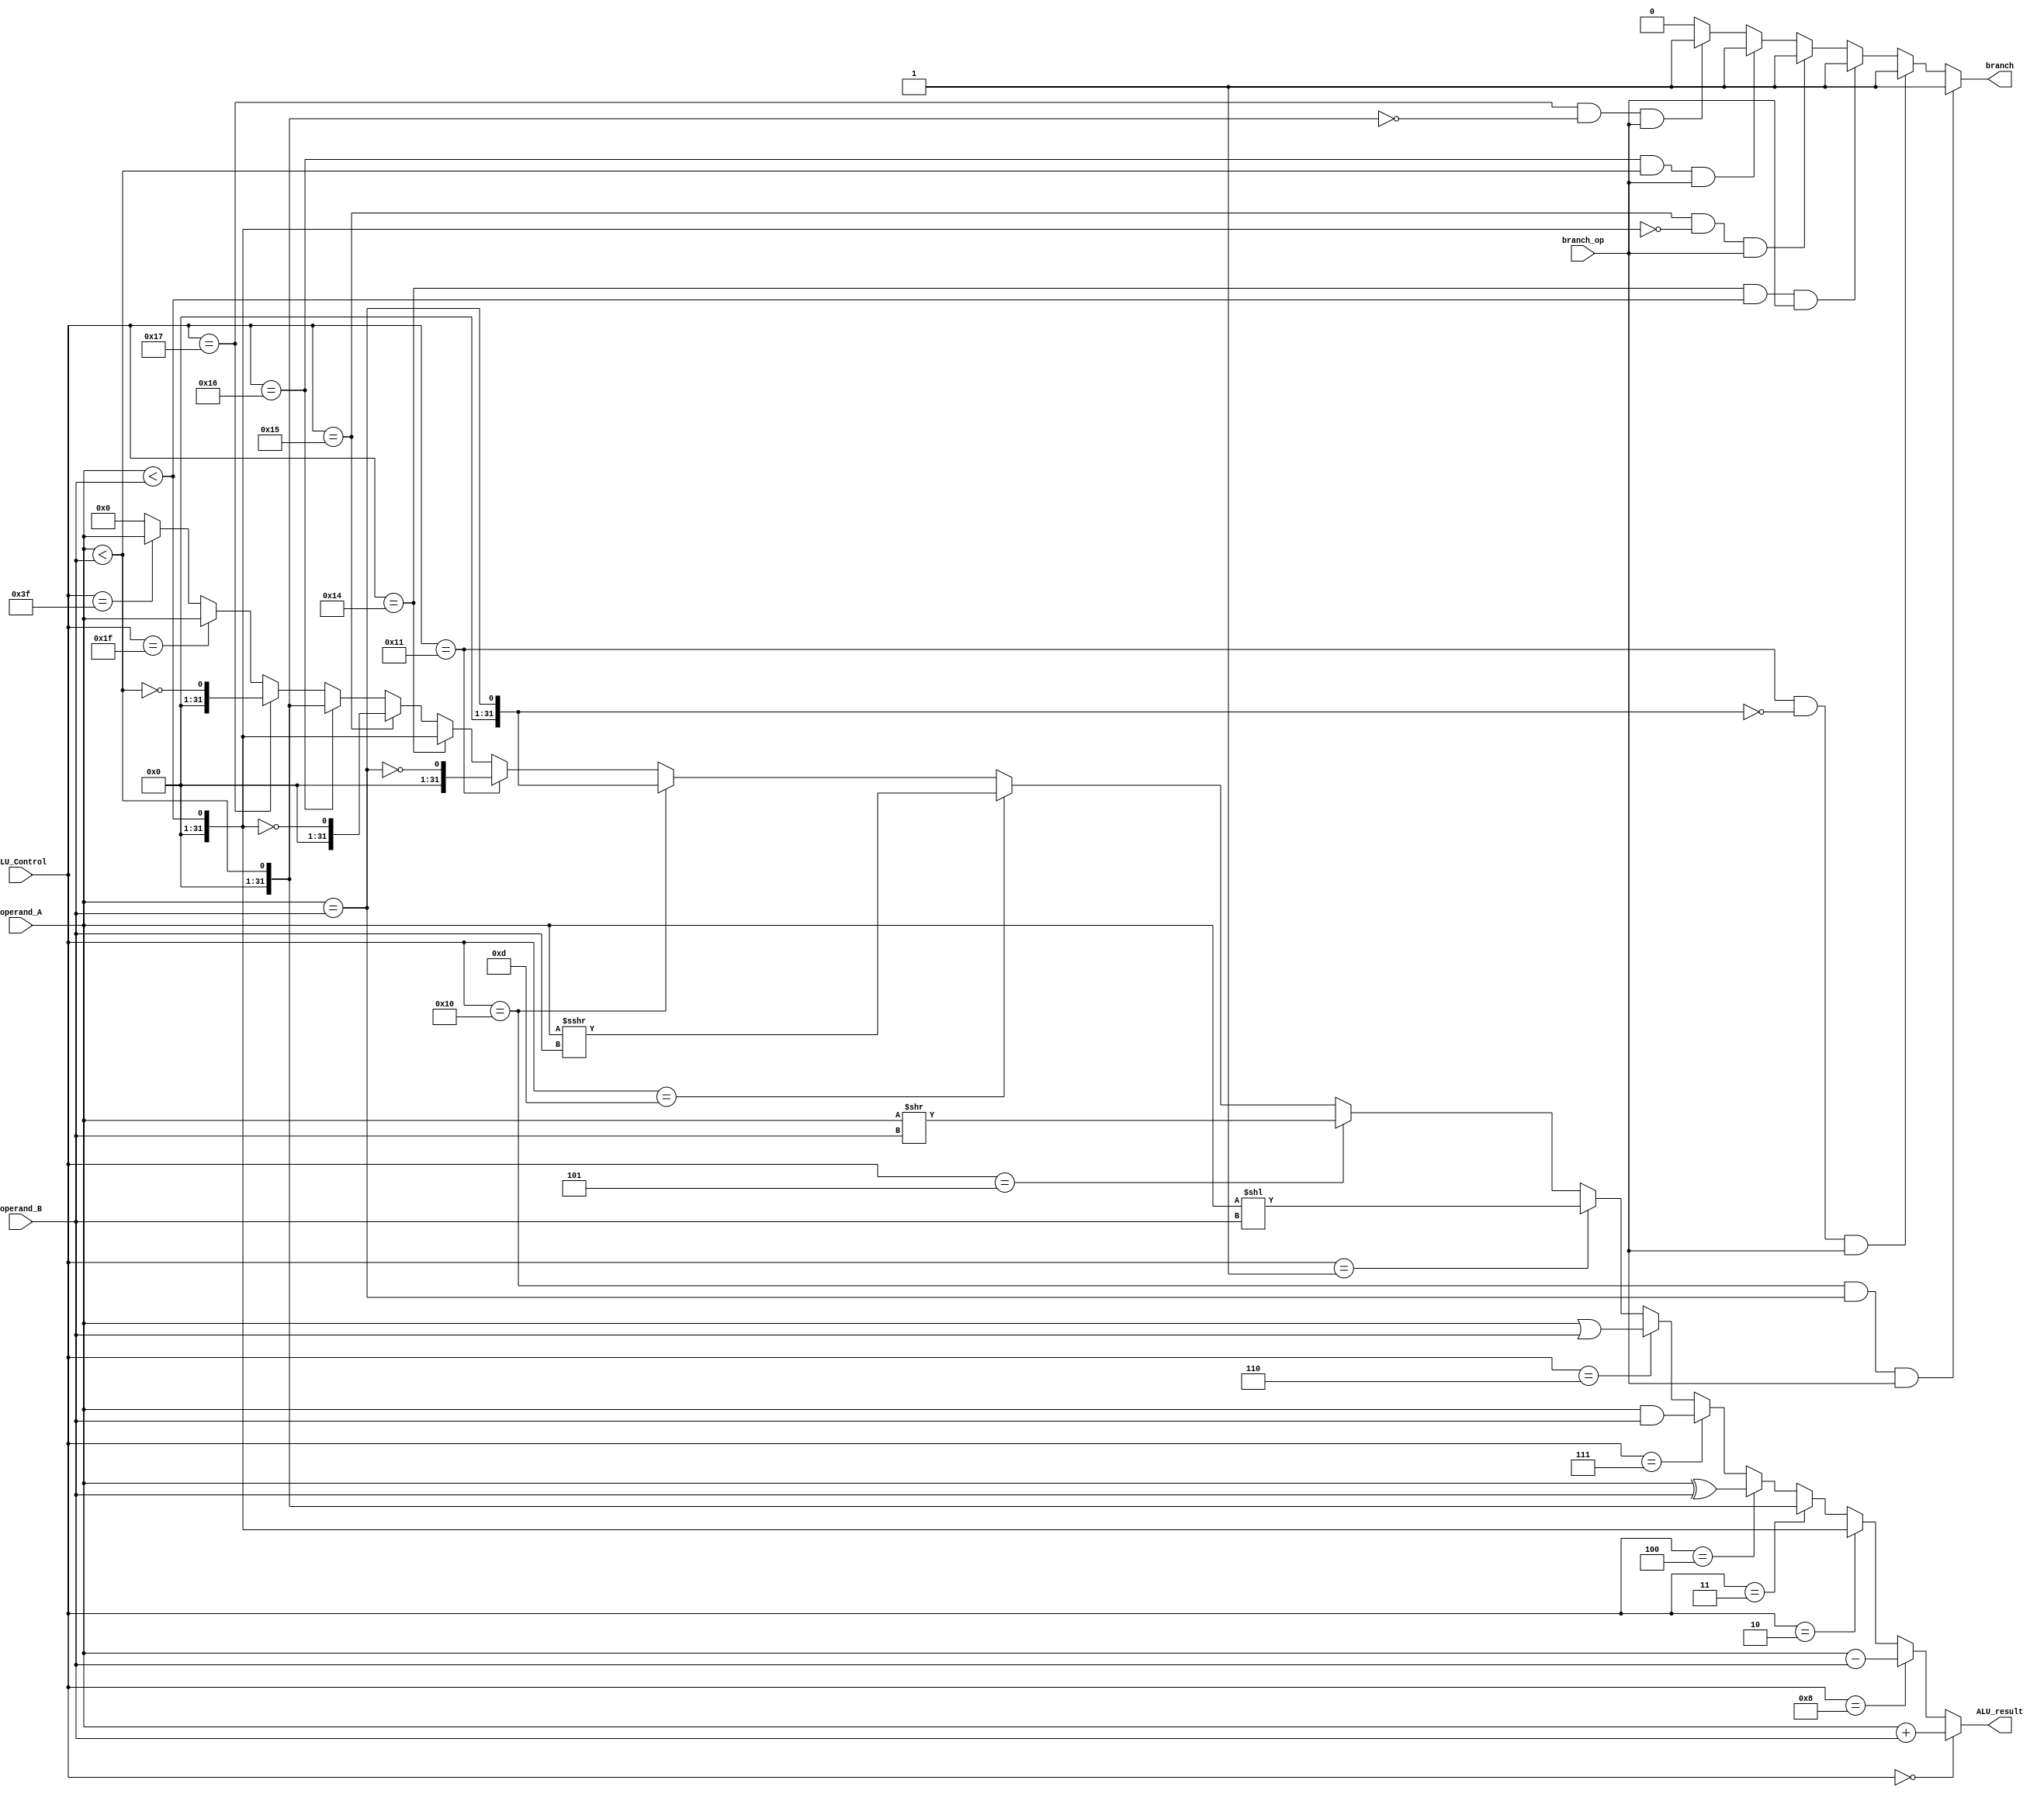
`timescale 1ns / 1ps
// Name: Quinn Meurer, Frank Yang, Alex Salmi
// BU ID: UXXXXXXXX, UXXXXXXXX, UXXXXXXXX
// EC413 Project part 1: ALU

module ALU (
	input branch_op,
  input [5:0]  ALU_Control,
  input [31:0] operand_A,
  input [31:0] operand_B,
  output [31:0] ALU_result,
  output branch

);

/******************************************************************************
*                      Start Your Code Here
******************************************************************************/

wire signed [31:0] s_op_a, s_op_b, s_alu_result, s_alu_resultS, BEQResult;

assign s_op_a = operand_A;

assign s_op_b = operand_B;

assign s_alu_result = s_op_a < s_op_b;

//assign s_alu_resultS = $signed(s_op_a) < $signed(s_op_b);

assign BEQResult = s_op_a == s_op_b;

assign ALU_result = ALU_Control == 6'b000000 ? operand_A + operand_B :			//Add good
                          ALU_Control == 6'b001000 ? operand_A - operand_B :  //Subtract good
                          ALU_Control == 6'b000010 ? s_alu_result:				//SLT/SLTI good
								  ALU_Control == 6'b000011 ? operand_A < operand_B :	//SLTU/SLTIU good
                          ALU_Control == 6'b000100 ? operand_A ^ operand_B :	//bitwise XOR good
                          ALU_Control == 6'b000111 ? operand_A & operand_B :	//bitwise AND good
								  ALU_Control == 6'b000110 ? operand_A | operand_B :	//bitwise OR good
								  ALU_Control == 6'b000001 ? operand_A << operand_B:	//SLLI good
								  ALU_Control == 6'b000101 ? operand_A >> operand_B:	//SRLI good
								  ALU_Control == 6'b001101 ? s_op_a >>> operand_B: //Arithmetic shiftR
								  ALU_Control == 6'b010000 ? operand_A == operand_B:		//BEQ good
								  ALU_Control == 6'b010001 ? !(operand_A == operand_B):	//BNE good
								  ALU_Control == 6'b010100 ? s_alu_result:				//BsignedLT good
								  ALU_Control == 6'b010101 ? !s_alu_result:				//BsignedGE good
								  ALU_Control == 6'b010110 ? operand_A < operand_B:	//BLTU good
								  ALU_Control == 6'b010111 ? !(operand_A < operand_B):	//BGEU good
								  ALU_Control == 6'b011111 ? operand_A:					//JAL good
								  ALU_Control == 6'b111111 ? operand_A:					//JALR good
								  0;




assign branch = (ALU_Control == 6'b010000 && (operand_A == operand_B) == 1 && branch_op == 1) ? 1 : //BEQ
					 (ALU_Control == 6'b010001 && (operand_A == operand_B) == 0 && branch_op == 1) ? 1 : //BNE
					 (ALU_Control == 6'b010100 && s_alu_result == 1 && branch_op == 1) ? 1: //BLT signed
				    (ALU_Control == 6'b010101 && s_alu_result == 0 && branch_op == 1) ? 1: //BGE signed
					 (ALU_Control == 6'b010110 && operand_A < operand_B == 1 && branch_op == 1) ? 1: //BLTU
					 (ALU_Control == 6'b010111 && operand_A < operand_B == 0 && branch_op == 1) ? 1: //BGEU

					 0;
endmodule